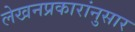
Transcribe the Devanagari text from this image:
लेखनप्रकारांनुसार